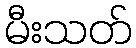
မီးသတ်